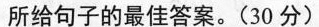
所给句子的最佳答案.(30 分)